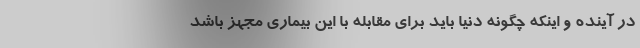
در آینده و اینکه چگونه دنیا باید برای مقابله با این بیماری مجهز باشد